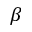
\beta